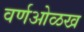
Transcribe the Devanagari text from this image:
वर्णओळख